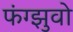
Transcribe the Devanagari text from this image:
फंग्झुवो